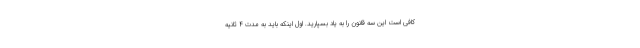
کافی است این سه قانون را به یاد بسپارید. اول اینکه باید به مدت 4 ثانیه